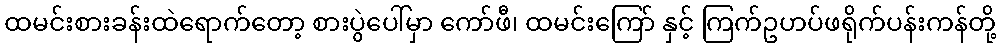
ထမင်းစားခန်းထဲရောက်တော့ စားပွဲပေါ်မှာ ကော်ဖီ၊ ထမင်းကြော် နှင့် ကြက်ဥဟပ်ဖရိုက်ပန်းကန်တို့